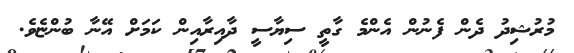
މުރުޝިދު ދެން ފެނުން އެންމެ ގާތީ ސިޔާސީ ދާއިރާއިން ކަމަށް އޭނާ ބުންޏެވެ.